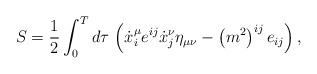
\begin{align*}S=\frac 12\int_0^Td\tau \,\left( \dot{x}_i^\mu e^{ij}\dot{x}_j^\nu \eta_{\mu \nu }-\left( m^2\right)^{ij}e_{ij}\right),\end{align*}